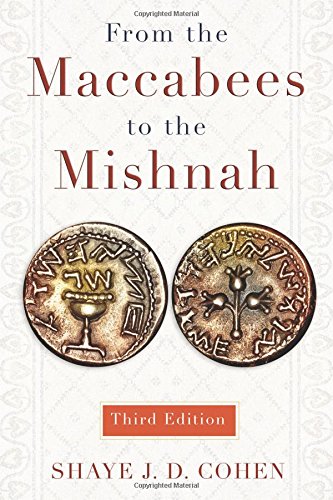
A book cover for From the Maccabees to the Mishnah, Third Edition; Shaye Cohen; Christian Books & Bibles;